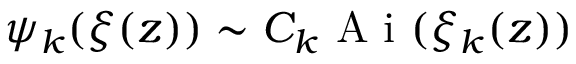
\psi _ { k } ( \xi ( z ) ) \sim C _ { k } \mathrm { ~ A ~ i ~ } ( \xi _ { k } ( z ) )